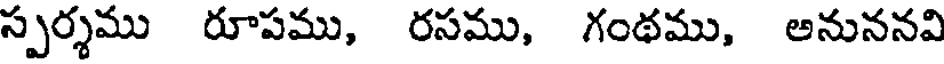
స్పర్శము రూపము, రసము, గంథము, అనుననవి